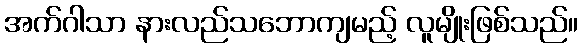
အက်ဂါသာ နားလည်သဘောကျမည့် လူမျိုးဖြစ်သည်။